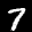
Label: 7